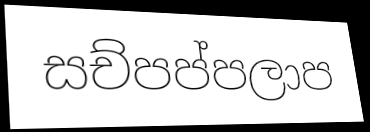
සච්පප්පලාප